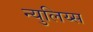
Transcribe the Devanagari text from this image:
न्युलिय्स